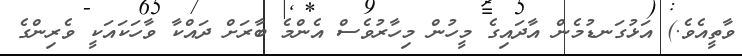
ވާތީއެވެ.) އަޅުގަނޑުމެން އާދައިގެ މީހުން މިހާރުވެސް އެންމެ ބާރަށް ދައްކާ ވާހަކައަކީ ވެރިންގެ